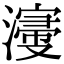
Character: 濅